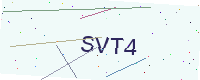
Text: SVT4